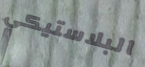
البلاستيكي